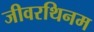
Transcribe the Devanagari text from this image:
जीवरथिनम